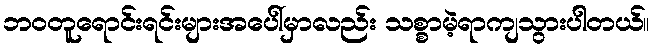
ဘဝတူရောင်းရင်းများအပေါ်မှာလည်း သစ္စာမဲ့ရာကျသွားပါတယ်။